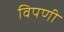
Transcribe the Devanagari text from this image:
विपणी